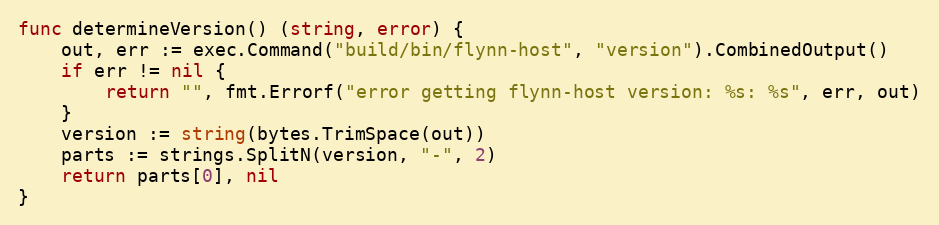
Language: Go
func determineVersion() (string, error) {
	out, err := exec.Command("build/bin/flynn-host", "version").CombinedOutput()
	if err != nil {
		return "", fmt.Errorf("error getting flynn-host version: %s: %s", err, out)
	}
	version := string(bytes.TrimSpace(out))
	parts := strings.SplitN(version, "-", 2)
	return parts[0], nil
}